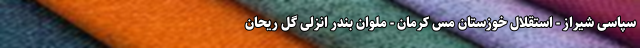
سپاسی شیراز - استقلال خوزستان مس کرمان - ملوان بندر انزلی گل ریحان